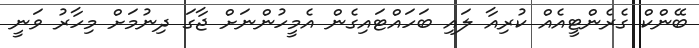
ބޭންކް ގެރެންޓީއެއް ކުރިއާ ލައި ބަހައްޓައިގެން އެމީހުންނަށް ޖާގަ ދިނުމަށް މިހާރު ވަނީ